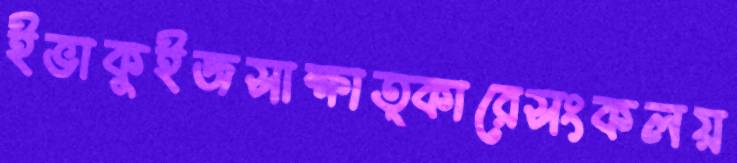
ইভাকুইজসাক্ষাত্কারেসংকলয়